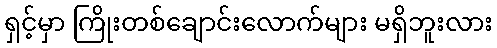
ရှင့်မှာ ကြိုးတစ်ချောင်းလောက်များ မရှိဘူးလား